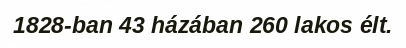
1828-ban 43 házában 260 lakos élt.